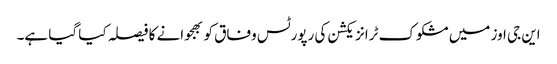
این جی اوز میں مشکوک ٹرانزیکشن کی رپورٹس وفاق کو بھجوانے کا فیصلہ کیا گیا ہے۔